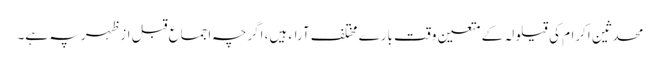
محدثین اکرام کی قیلولہ کے متعین وقت بارے مختلف آراء ہیں، اگرچہ اجماع قبل ازظہر پہ ہے۔